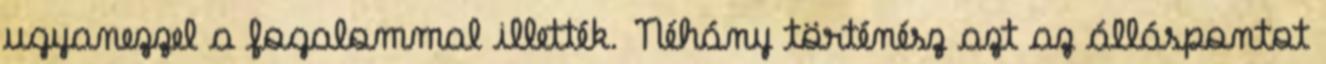
ugyanezzel a fogalommal illették. Néhány történész azt az álláspontot